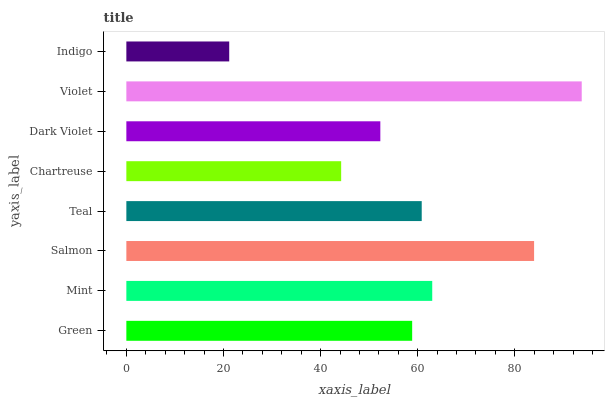
| yaxis_label | bars |
 | --- | --- |
 | Green | 58.9 |
 | Mint | 63 |
 | Salmon | 84 |
 | Teal | 60.8 |
 | Chartreuse | 44.2 |
 | Dark Violet | 52.3 |
 | Violet | 93.8 |
 | Indigo | 21.2 |